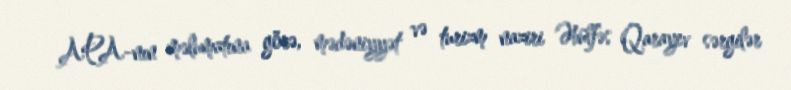
APA-nın məlumatına görə, mədəniyyət və turizm naziri Əbülfəs Qarayev sərgilər